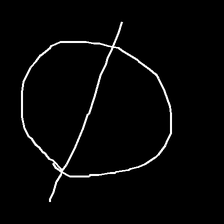
Glyph: orb